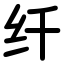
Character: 纤